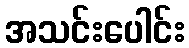
အသင်းပေါင်း